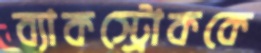
ব্যাকস্ট্রোককে